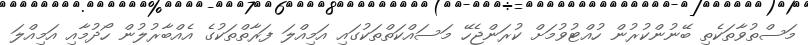
މަސްތުވާތަކެތި ބޭނުންކުރުން ހުއްޓުވުމަށް ކުރަންޖެހޭ މަސައްކަތްތަކުގައި އަމިއްލަ ފަރާތްތަކުގެ އެއްބާރުލުން ހޯދުމާއި އަމިއްލަ